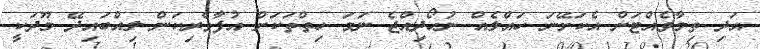
އަދި ތިމާވެއްޓަށް އެކަށޭނަ ހައްލެއް ނުހޯދިއްޖެ ނަމަ ހިތްތަކަށް އުފާވެރިކަން ލިއްބައިދޭ މޫދަކީ